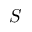
S